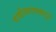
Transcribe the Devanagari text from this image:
चाळीसगावकडून